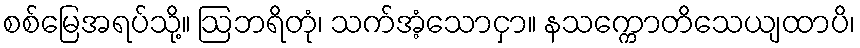
စစ်မြေအရပ်သို့။ ဩဘရိတုံ၊ သက်အံ့သောငှာ။ နသက္ကောတိသေယျထာပိ၊